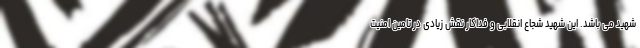
شهید می باشد. این شهید شجاع انقلابی و فداکار نقش زیادی در تامین امنیت